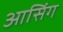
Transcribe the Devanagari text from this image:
आसिंग